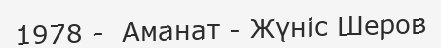
1978 -  Аманат - Жүніс Шеров